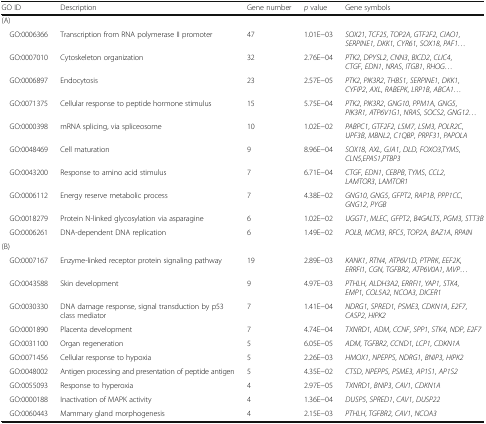
<table><thead><tr><td><b>GO ID</b></td><td><b>Description</b></td><td><b>Gene number</b></td><td><b><i>p</i> value</b></td><td><b>Gene symbols</b></td></tr></thead><tbody><tr><td colspan="5">(A)</td></tr><tr><td> GO:0006366</td><td>Transcription from RNA polymerase II promoter</td><td>47</td><td>1.01E−03</td><td><i>SOX21</i>, <i>TCF25</i>, <i>TOP2A</i>, <i>GTF2F2</i>, <i>CIAO1</i>, <i>SERPINE1</i>, <i>DKK1</i>, <i>CYR61</i>, <i>SOX18</i>, <i>PAF1...</i></td></tr><tr><td> GO:0007010</td><td>Cytoskeleton organization</td><td>32</td><td>2.76E−04</td><td><i>PTK2</i>, <i>DPYSL2</i>, <i>CNN3</i>, <i>BICD2</i>, <i>CLIC4</i>, <i>CTGF</i>, <i>EDN1</i>, <i>NRAS</i>, <i>ITGB1</i>, <i>RHOG...</i></td></tr><tr><td> GO:0006897</td><td>Endocytosis</td><td>23</td><td>2.57E−05</td><td><i>PTK2</i>, <i>PIK3R2</i>, <i>THBS1</i>, <i>SERPINE1</i>, <i>DKK1</i>, <i>CYFIP2</i>, <i>AXL</i>, <i>RABEPK</i>, <i>LRP1B</i>, <i>ABCA1...</i></td></tr><tr><td> GO:0071375</td><td>Cellular response to peptide hormone stimulus</td><td>15</td><td>5.75E−04</td><td><i>PTK2</i>, <i>PIK3R2</i>, <i>GNG10</i>, <i>PPM1A</i>, <i>GNG5</i>, <i>PIK3R1</i>, <i>ATP6V1G1</i>, <i>NRAS</i>, <i>SOCS2</i>, <i>GNG12...</i></td></tr><tr><td> GO:0000398</td><td>mRNA splicing, via spliceosome</td><td>10</td><td>1.02E−02</td><td><i>PABPC1</i>, <i>GTF2F2</i>, <i>LSM7</i>, <i>LSM3</i>, <i>POLR2C</i>, <i>UPF3B</i>, <i>MBNL2</i>, <i>C1QBP</i>, <i>PRPF31</i>, <i>PAPOLA</i></td></tr><tr><td> GO:0048469</td><td>Cell maturation</td><td>9</td><td>8.96E−04</td><td><i>SOX18</i>, <i>AXL</i>, <i>GJA1</i>, <i>DLD</i>, <i>FOXO3</i>,<i>TYMS</i>,<i>CLN5</i>,<i>EPAS1</i>,<i>PTBP3</i></td></tr><tr><td> GO:0043200</td><td>Response to amino acid stimulus</td><td>7</td><td>6.71E−04</td><td><i>CTGF</i>, <i>EDN1</i>, <i>CEBPB</i>, <i>TYMS</i>, <i>CCL2</i>, <i>LAMTOR3</i>, <i>LAMTOR1</i></td></tr><tr><td> GO:0006112</td><td>Energy reserve metabolic process</td><td>7</td><td>4.38E−02</td><td><i>GNG10</i>, <i>GNG5</i>, <i>GFPT2</i>, <i>RAP1B</i>, <i>PPP1CC</i>, <i>GNG12</i>, <i>PYGB</i></td></tr><tr><td> GO:0018279</td><td>Protein N-linked glycosylation via asparagine</td><td>6</td><td>1.02E−02</td><td><i>UGGT1</i>, <i>MLEC</i>, <i>GFPT2</i>, <i>B4GALT5</i>, <i>PGM3</i>, <i>STT3B</i></td></tr><tr><td> GO:0006261</td><td>DNA-dependent DNA replication</td><td>6</td><td>1.49E−02</td><td><i>POLB</i>, <i>MCM3</i>, <i>RFC5</i>, <i>TOP2A</i>, <i>BAZ1A</i>, <i>RPAIN</i></td></tr><tr><td colspan="5">(B)</td></tr><tr><td> GO:0007167</td><td>Enzyme-linked receptor protein signaling pathway</td><td>19</td><td>2.89E−03</td><td><i>KANK1</i>, <i>RTN4</i>, <i>ATP6V1D</i>, <i>PTPRK</i>, <i>EEF2K</i>, <i>ERRFI1</i>, <i>CGN</i>, <i>TGFBR2</i>, <i>ATP6V0A1</i>, <i>MVP...</i></td></tr><tr><td> GO:0043588</td><td>Skin development</td><td>9</td><td>4.97E−03</td><td><i>PTHLH</i>, <i>ALDH3A2</i>, <i>ERRFI1</i>, <i>YAP1</i>, <i>STK4</i>, <i>EMP1</i>, <i>COL5A2</i>, <i>NCOA3</i>, <i>DICER1</i></td></tr><tr><td> GO:0030330</td><td>DNA damage response, signal transduction by p53 class mediator</td><td>7</td><td>1.41E−04</td><td><i>NDRG1</i>, <i>SPRED1</i>, <i>PSME3</i>, <i>CDKN1A</i>, <i>E2F7</i>, <i>CASP2</i>, <i>HIPK2</i></td></tr><tr><td> GO:0001890</td><td>Placenta development</td><td>7</td><td>4.74E−04</td><td><i>TXNRD1</i>, <i>ADM</i>, <i>CCNF</i>, <i>SPP1</i>, <i>STK4</i>, <i>NDP</i>, <i>E2F7</i></td></tr><tr><td> GO:0031100</td><td>Organ regeneration</td><td>5</td><td>6.05E−05</td><td><i>ADM</i>, <i>TGFBR2</i>, <i>CCND1</i>, <i>LCP1</i>, <i>CDKN1A</i></td></tr><tr><td> GO:0071456</td><td>Cellular response to hypoxia</td><td>5</td><td>2.26E−03</td><td><i>HMOX1</i>, <i>NPEPPS</i>, <i>NDRG1</i>, <i>BNIP3</i>, <i>HIPK2</i></td></tr><tr><td> GO:0048002</td><td>Antigen processing and presentation of peptide antigen</td><td>5</td><td>4.35E−02</td><td><i>CTSD</i>, <i>NPEPPS</i>, <i>PSME3</i>, <i>AP1S1</i>, <i>AP1S2</i></td></tr><tr><td> GO:0055093</td><td>Response to hyperoxia</td><td>4</td><td>2.97E−05</td><td><i>TXNRD1</i>, <i>BNIP3</i>, <i>CAV1</i>, <i>CDKN1A</i></td></tr><tr><td> GO:0000188</td><td>Inactivation of MAPK activity</td><td>4</td><td>1.36E−04</td><td><i>DUSP5</i>, <i>SPRED1</i>, <i>CAV1</i>, <i>DUSP22</i></td></tr><tr><td> GO:0060443</td><td>Mammary gland morphogenesis</td><td>4</td><td>2.15E−03</td><td><i>PTHLH</i>, <i>TGFBR2</i>, <i>CAV1</i>, <i>NCOA3</i></td></tr></tbody></table>